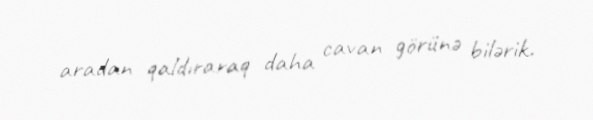
aradan qaldıraraq daha cavan görünə bilərik.